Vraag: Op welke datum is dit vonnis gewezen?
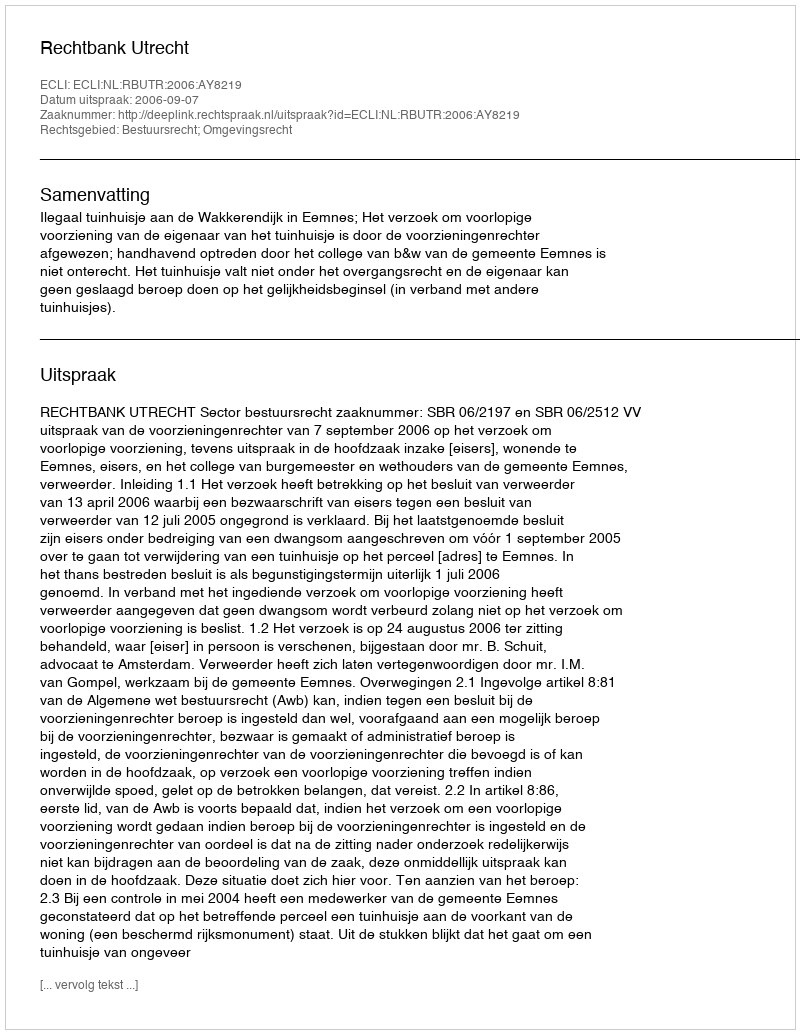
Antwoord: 2006-09-07